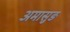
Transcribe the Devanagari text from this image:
अमासुङ